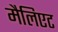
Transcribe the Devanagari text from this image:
मैलिएट